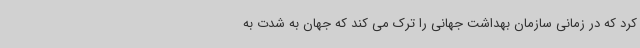
کرد که در زمانی سازمان بهداشت جهانی را ترک می کند که جهان به شدت به